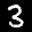
Label: 3